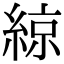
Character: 綡